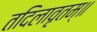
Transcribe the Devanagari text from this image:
तदिलावृतम्॥